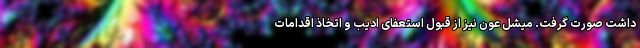
داشت صورت گرفت. میشل عون نیز از قبول استعفای ادیب و اتخاذ اقدامات